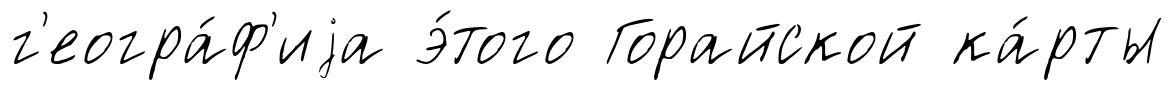
г'еогра́ф'иjа э́того Горайской ка́рты